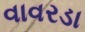
વાવરડા